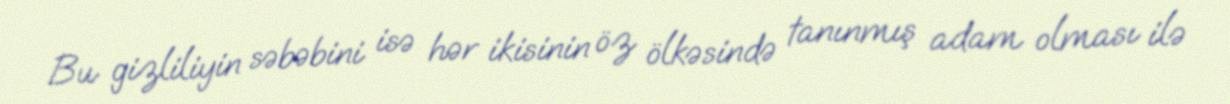
Bu gizliliyin səbəbini isə hər ikisinin öz ölkəsində tanınmış adam olması ilə